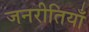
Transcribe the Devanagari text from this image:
जनरीतियाँ